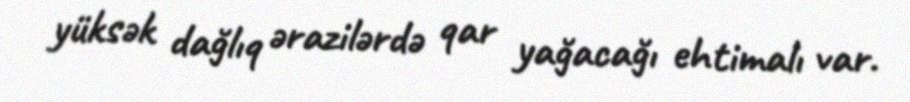
yüksək dağlıq ərazilərdə qar yağacağı ehtimalı var.